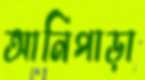
আনিপাড়া